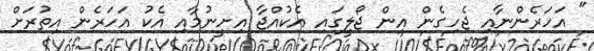
" އަހަރެންނާއި ޖެހިގެން އިން ޖޯލީގައި އެކުއްޖާ އިށީނުމާއި އެކު އަހަރެން އިތުރަށް